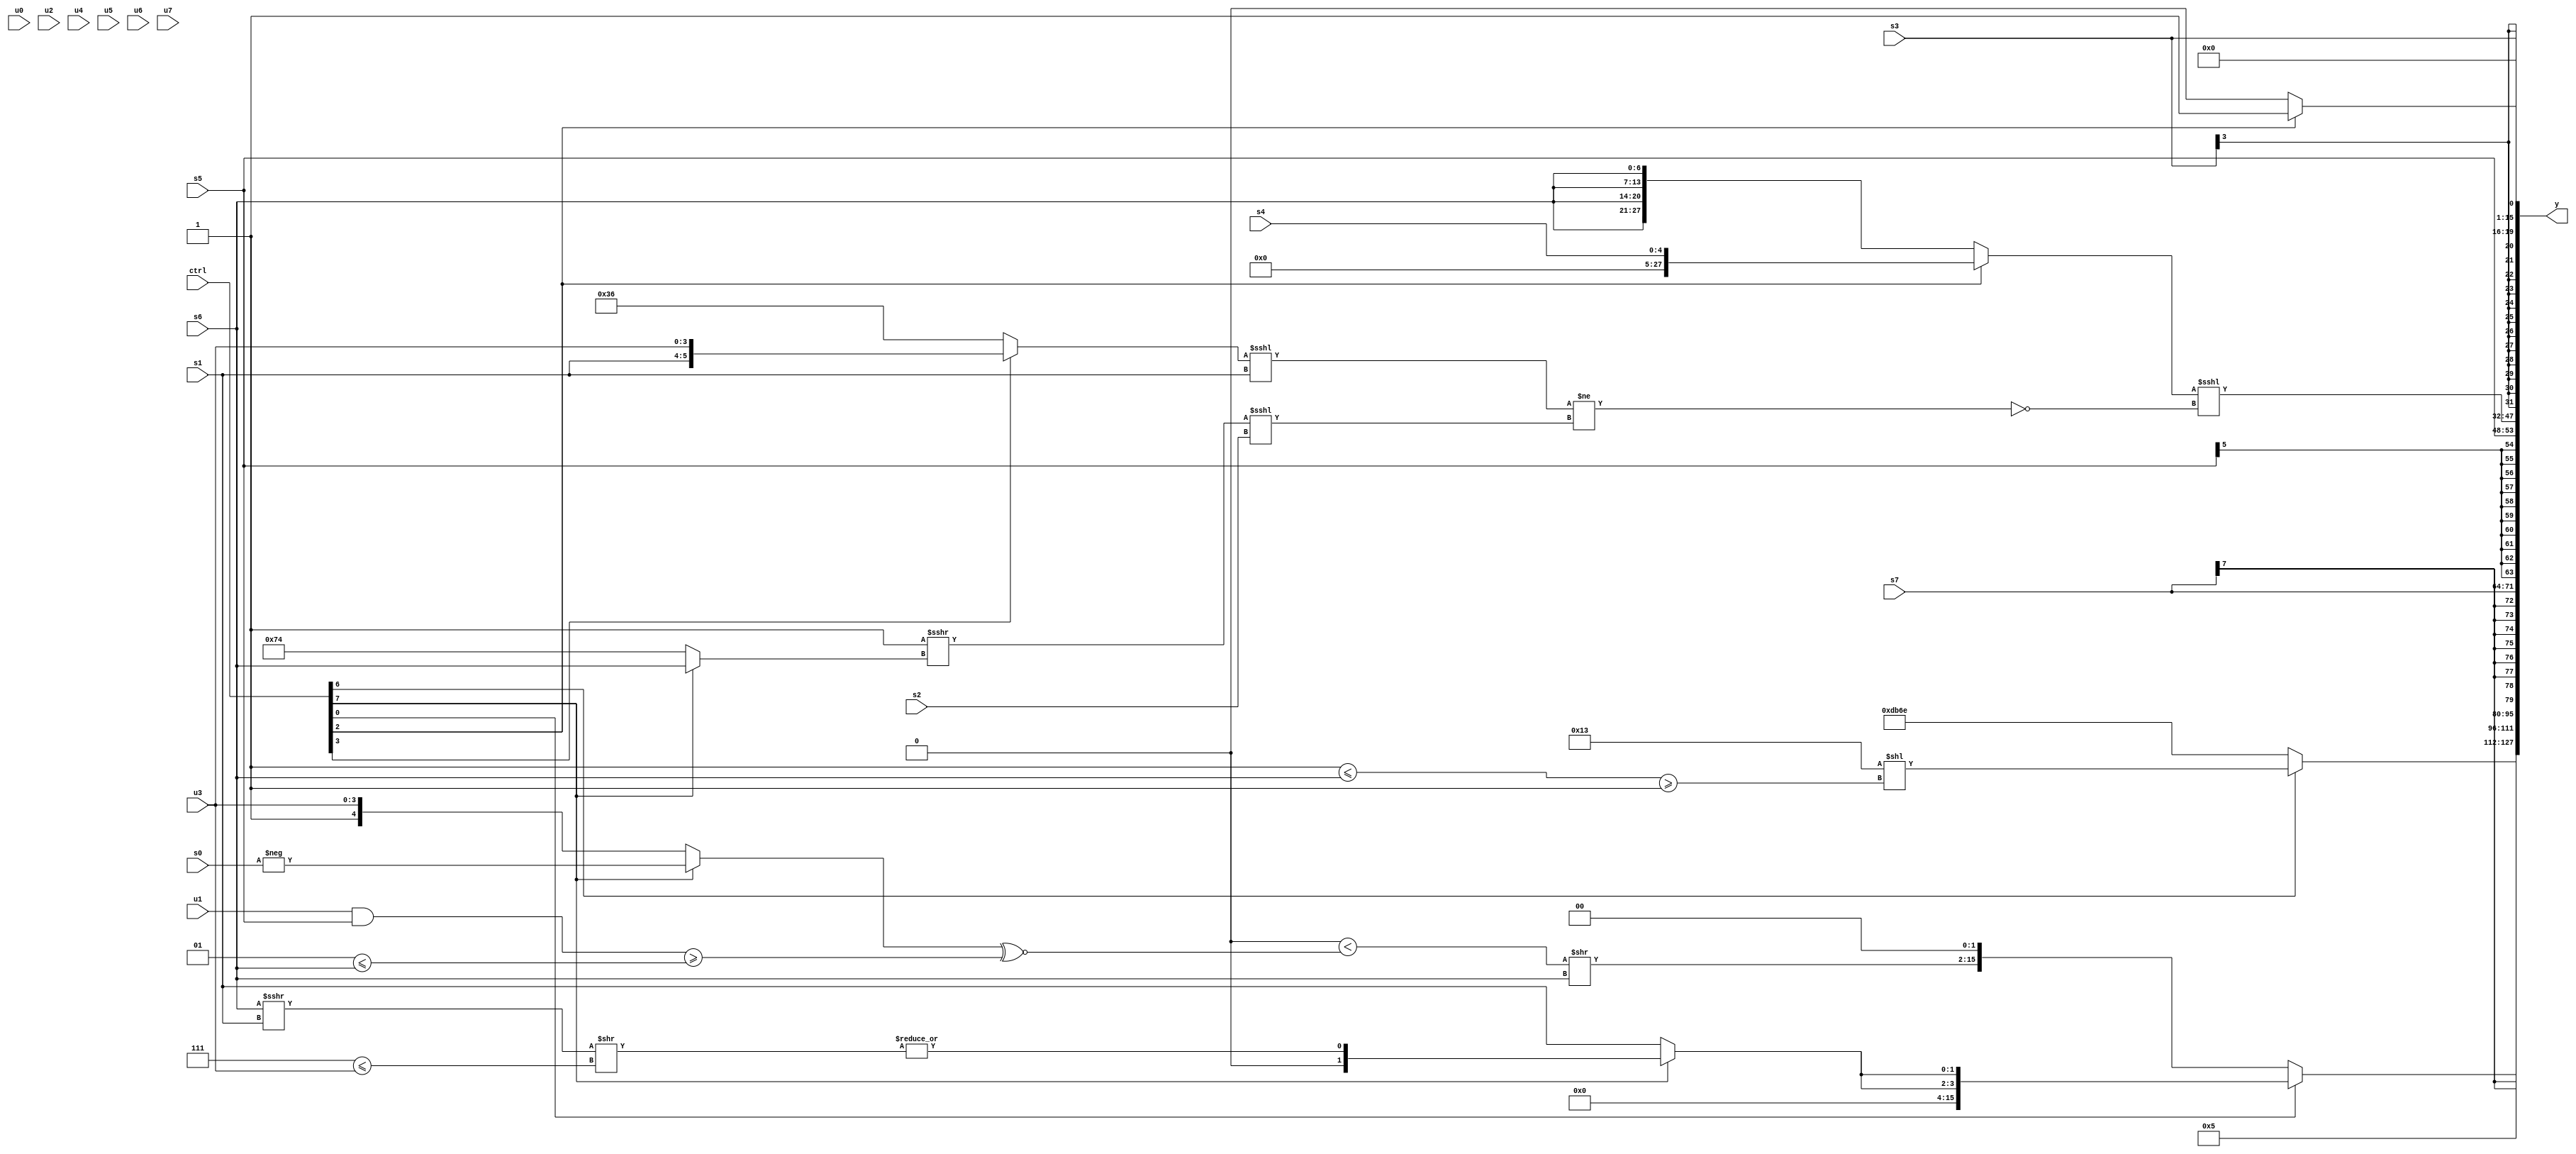
module wideexpr_00672(ctrl, u0, u1, u2, u3, u4, u5, u6, u7, s0, s1, s2, s3, s4, s5, s6, s7, y);
  input [7:0] ctrl;
  input [0:0] u0;
  input [1:0] u1;
  input [2:0] u2;
  input [3:0] u3;
  input [4:0] u4;
  input [5:0] u5;
  input [6:0] u6;
  input [7:0] u7;
  input signed [0:0] s0;
  input signed [1:0] s1;
  input signed [2:0] s2;
  input signed [3:0] s3;
  input signed [4:0] s4;
  input signed [5:0] s5;
  input signed [6:0] s6;
  input signed [7:0] s7;
  output [127:0] y;
  wire [15:0] y0;
  wire [15:0] y1;
  wire [15:0] y2;
  wire [15:0] y3;
  wire [15:0] y4;
  wire [15:0] y5;
  wire [15:0] y6;
  wire [15:0] y7;
  assign y = {y0,y1,y2,y3,y4,y5,y6,y7};
  assign y0 = +((ctrl[6]?(6'sb010011)<<(((4'sb1111)<=(s6))>=((3'b011)!=(s0))):-(({3{6'sb010010}})<<<((2'sb11)>>(5'sb01000)))));
  assign y1 = 4'sb0101;
  assign y2 = (ctrl[0]?{2{+((ctrl[7]?|(((s6)>>>(s1))>>((3'sb111)<=(u3))):s1))}}:(((2'b00)<(((ctrl[7]?-(s0):{1'sb1,u3}))^~(((u1)&(s5))>=((3'sb001)<=(s6)))))>>($signed(s6)))<<<(2'sb10));
  assign y3 = s7;
  assign y4 = s5;
  assign y5 = ((ctrl[2]?s4:{4{$signed(s6)}}))<<<(~($signed((((ctrl[3]?{s1,u3}:$signed(6'sb110110)))<<<(s1))!=(((^(6'b111000))>>>((ctrl[7]?s6:6'sb110100)))<<<($signed(+(s2)))))));
  assign y6 = s3;
  assign y7 = (ctrl[2]?$unsigned(1'sb1):(~^((u5)+(~&(1'sb0))))<<(6'b010000));
endmodule